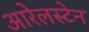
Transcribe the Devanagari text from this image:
आरेलस्टेन